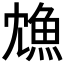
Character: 𩵫